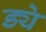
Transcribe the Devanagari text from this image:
ड्ये